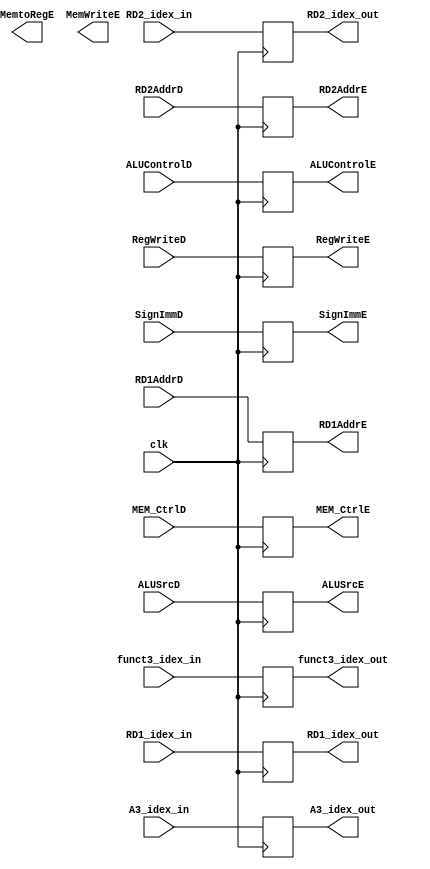
`timescale 1ns / 1ps

module ID_EX(
	input wire clk,
	input wire [4:0]A3_idex_in,
	input wire [31:0]RD1_idex_in, RD2_idex_in,
	input wire [31:0]SignImmD,
	input wire [4:0]RD1AddrD, RD2AddrD,

	output reg [31:0]RD1_idex_out, RD2_idex_out,
	output reg [4:0]A3_idex_out,
	output reg [31:0]SignImmE,
	output reg [4:0]RD1AddrE, RD2AddrE,
	
	//control
	input wire RegWriteD, ALUSrcD,
	input wire [2:0]ALUControlD,
	input wire [2:0]funct3_idex_in,
	input wire [1:0]MEM_CtrlD,

	output reg RegWriteE, MemtoRegE, MemWriteE, ALUSrcE,
	output reg [2:0]ALUControlE, funct3_idex_out,
	output reg [1:0]MEM_CtrlE
	
    );
	
	always @(posedge clk)begin
		A3_idex_out = A3_idex_in;
		RD1_idex_out = RD1_idex_in;
		RD2_idex_out = RD2_idex_in;
		SignImmE = SignImmD;
		funct3_idex_out = funct3_idex_in;
		RD1AddrE = RD1AddrD;
		RD2AddrE = RD2AddrD;
		
		MEM_CtrlE = MEM_CtrlD;
		RegWriteE=RegWriteD;
		ALUSrcE=ALUSrcD;
		ALUControlE=ALUControlD;
	end

endmodule